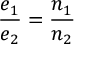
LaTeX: { \frac { e _ { 1 } } { e _ { 2 } } } = { \frac { n _ { 1 } } { n _ { 2 } } }